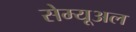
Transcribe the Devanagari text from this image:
सेम्यूअल